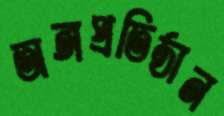
অঙ্গপ্রতিষ্ঠান